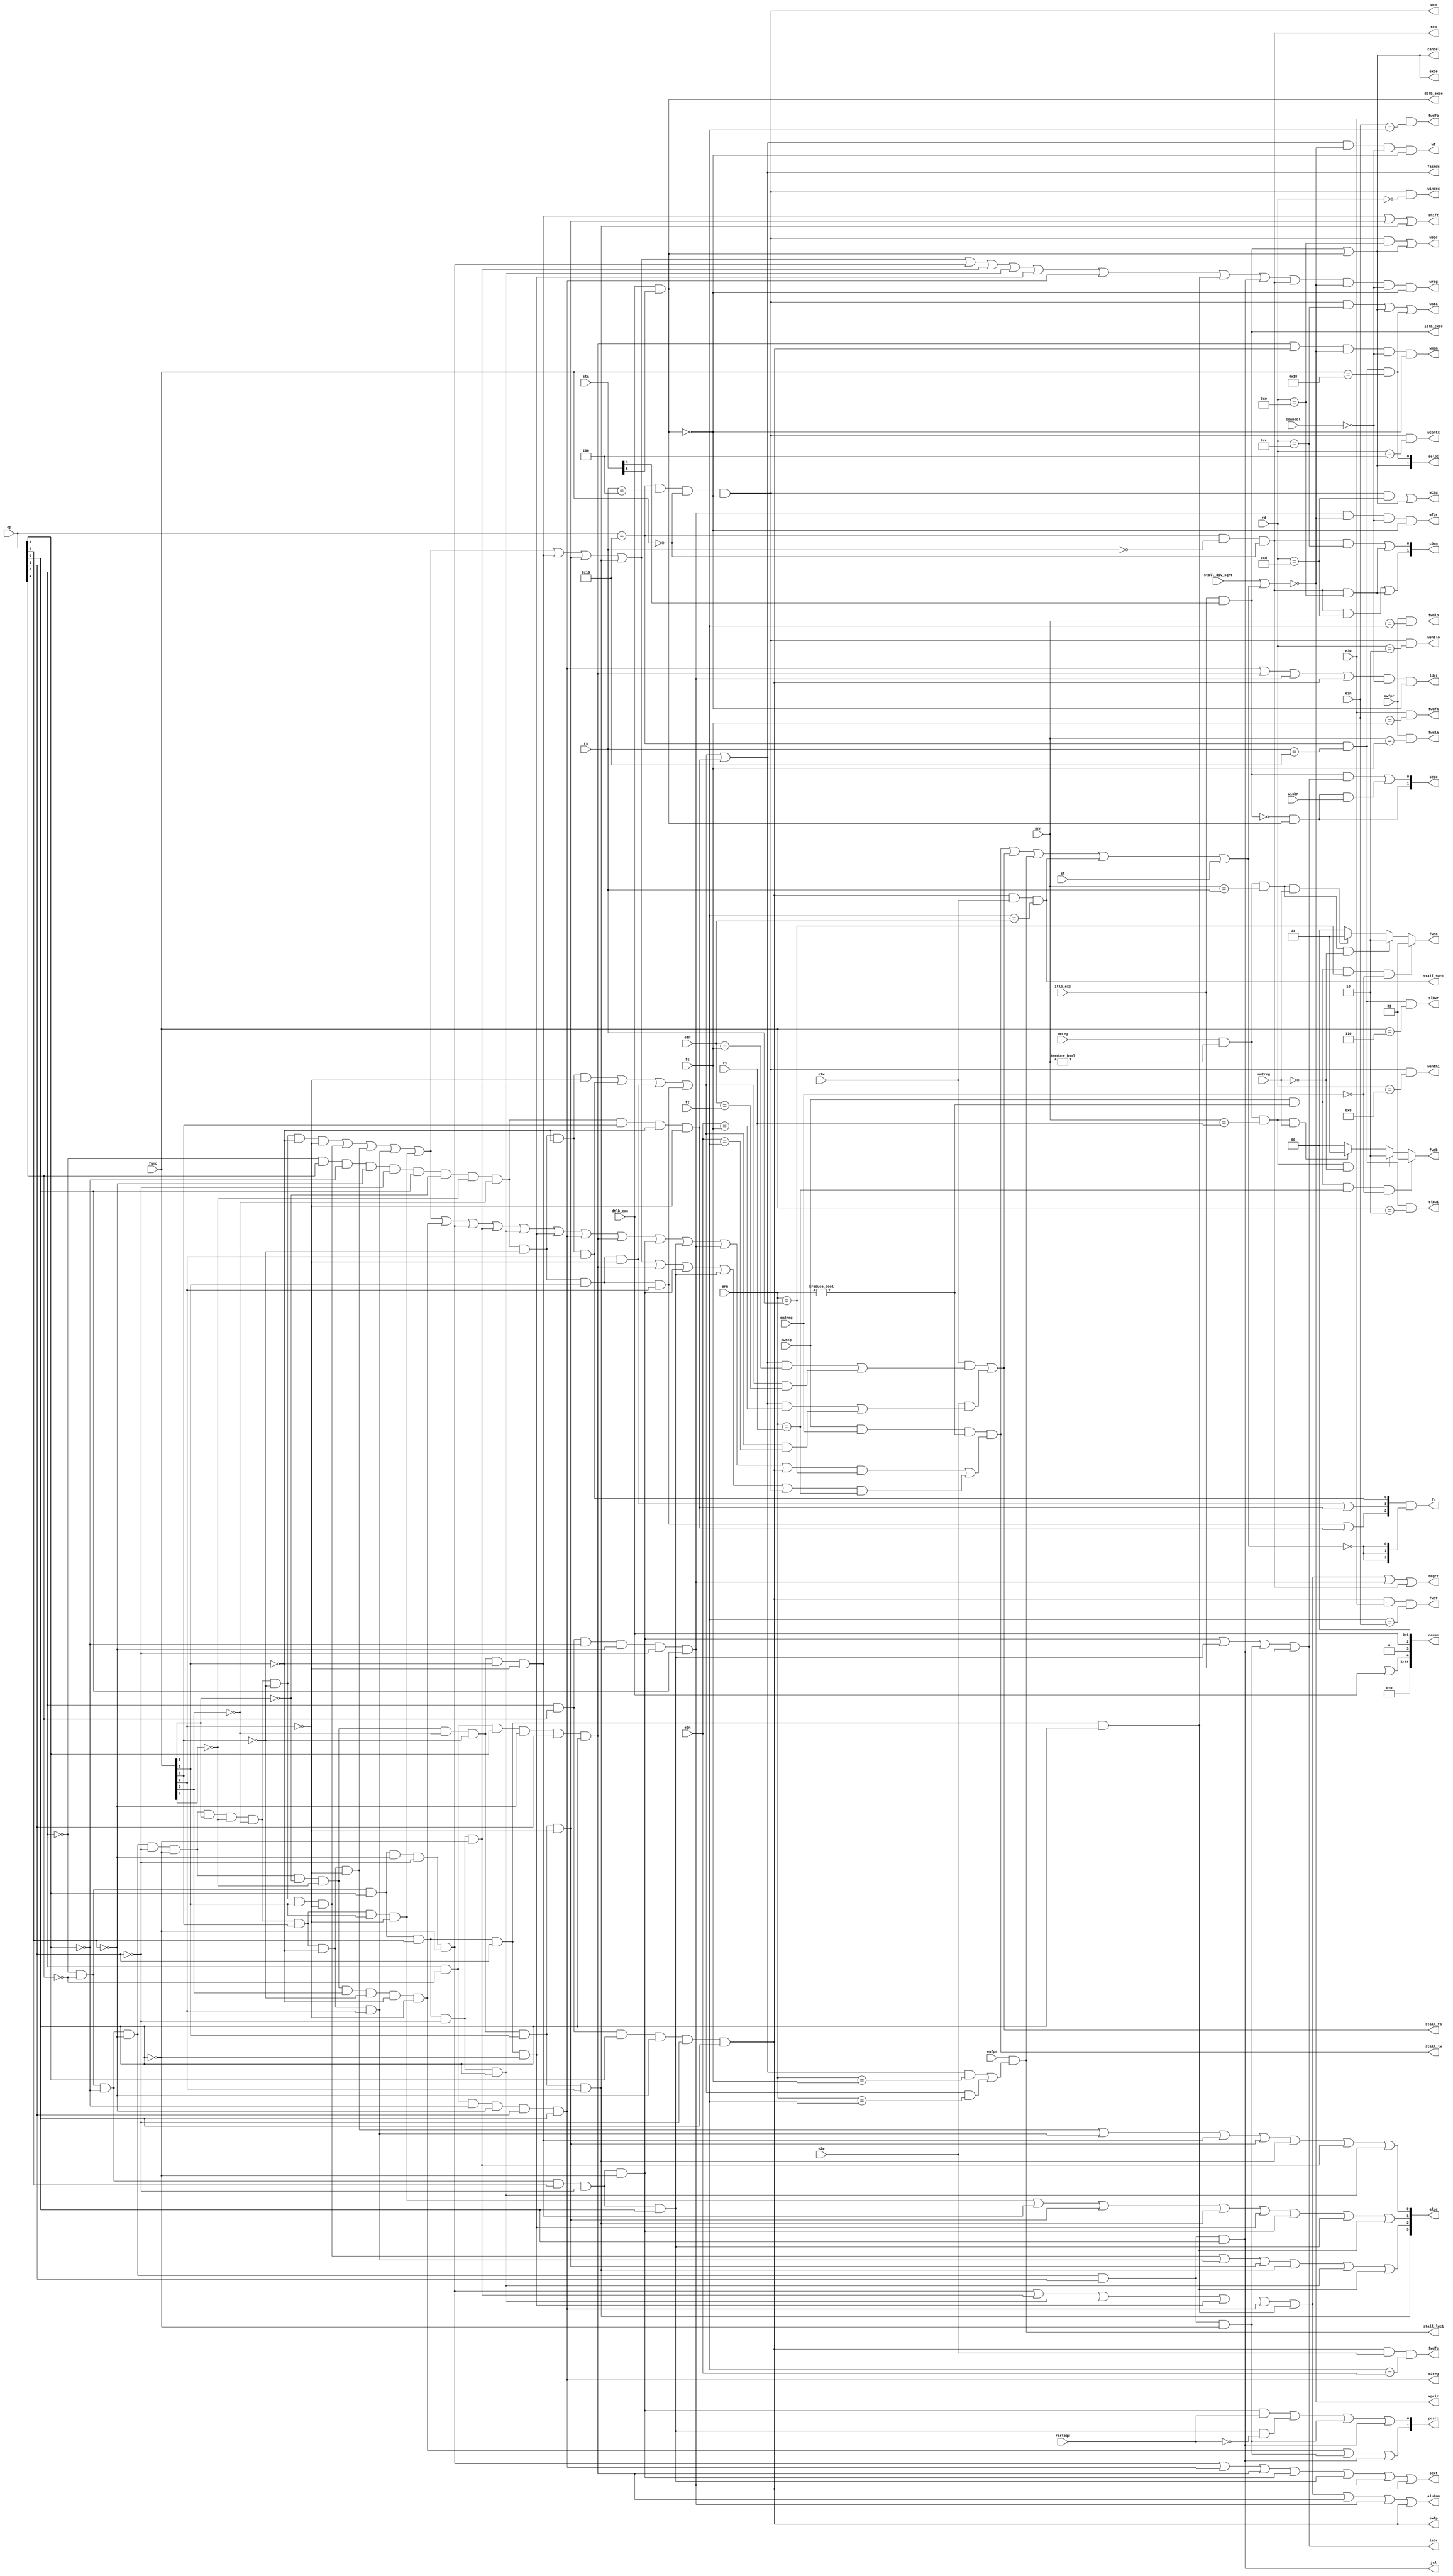
/************************************************
  The Verilog HDL code example is from the book
  Computer Principles and Design in Verilog HDL
  by Yamin Li, published by A JOHN WILEY & SONS
************************************************/
module iu_cache_tlb_cu (op,func,rs,rt,rd,fs,ft,rsrtequ,ewfpr,ewreg,em2reg,
                  ern,mwfpr,mwreg,mm2reg,mrn,e1w,e1n,e2w,e2n,e3w,e3n,
                  stall_div_sqrt,st,pcsrc,wpcir,wreg,m2reg,wmem,jal,aluc,
                  sta,aluimm,shift,sext,regrt,fwda,fwdb,swfp,fwdf,fwdfe,
                  wfpr,fwdla,fwdlb,fwdfa,fwdfb,fc,wf,fasmds,stall_lw,
                  stall_fp,stall_lwc1,stall_swc1,windex,wentlo,wcontx,
                  wenthi,rc0,wc0,tlbwi,tlbwr,c0rn,wepc,wcau,wsta,isbr,sepc,
                  cancel,cause,exce,selpc,ldst,wisbr,ecancel,itlb_exc,
                  dtlb_exc,itlb_exce,dtlb_exce);             // control unit
    input         rsrtequ, ewreg,em2reg,ewfpr, mwreg,mm2reg,mwfpr;
    input         e1w,e2w,e3w,stall_div_sqrt,st;
    input   [5:0] op,func;
    input   [4:0] rs,rt,rd,fs,ft,ern,mrn,e1n,e2n,e3n;
    input  [31:0] sta;  // IM[7:0] : x,x,dtlb_exc,itlb_exc,ov,unimpl,sys,int
    output        wpcir,wreg,m2reg,wmem,jal,aluimm,shift,sext,regrt;
    output        swfp,fwdf,fwdfe;
    output        fwdla,fwdlb,fwdfa,fwdfb;
    output        wfpr,wf,fasmds;
    output  [1:0] pcsrc,fwda,fwdb;
    output  [3:0] aluc;
    output  [2:0] fc;                // fp op
    output        stall_lw,stall_fp,stall_lwc1,stall_swc1; // stalls
    output        rc0;               // read  c0 regs, mfc0
    output        wc0;               // write c0 regs, mtc0
    output        tlbwi;             // write tlb by index
    output        tlbwr;             // write tlb by random
    output  [1:0] c0rn,sepc,selpc;   // mux select signals
    output        windex;            // cp0 index   write enable
    output        wentlo;            // cp0 entrylo write enable
    output        wcontx;            // cp0 context write enable
    output        wenthi;            // cp0 entryhi write enable
    output        wepc;              // cp0 epc     write enable
    output        wcau;              // cp0 cause   write enable
    output        wsta;              // cp0 status  write enable
    output        isbr;              // inst in id stage is a jump or branch
    output        cancel;            // cancel in id stage
    output        exce;              // itlb_exce | dtlb_exce, masked
    output        ldst;              // inst in id stage is a load or store
    output [31:0] cause;             // cp0 cause reg
    input         wisbr;             // inst in wb stage is a jump or branch
    input         ecancel;           // cancel in exe stage
    input         itlb_exc;          // itlb miss exception
    input         dtlb_exc;          // dtlb miss exception
    output        itlb_exce;         // itlb miss exception & its enable
    output        dtlb_exce;         // dtlb miss exception & its enable
    wire          stall_others;
    wire          rtype,i_add,i_sub,i_and,i_or,i_xor,i_sll,i_srl,i_sra,i_jr;
    wire          i_addi,i_andi,i_ori,i_xori,i_beq,i_bne,i_lw,i_sw,i_j;
    wire          i_jal,i_eret,i_mtc0,i_mfc0;
    wire          ftype,i_lwc1,i_swc1,i_fadd,i_fsub,i_fmul,i_fdiv,i_fsqrt;
    assign        itlb_exce = itlb_exc & sta[4];             // & exc enable
    assign        dtlb_exce = dtlb_exc & sta[5];             // & exc enable
    wire          no_dtlb_exce = ~dtlb_exce;
    assign ldst = (i_lw | i_sw | i_lwc1 | i_swc1) & ~ecancel & no_dtlb_exce;
    assign isbr = i_beq | i_bne | i_j | i_jal;
    // itlb_exce dtlb_exce isbr wisbr EPC   sepc[1:0]
    // 1         x         0    x     V_PC  0 0
    // 1         x         1    x     PCD   0 1
    // 0         1         x    0     PCM   1 0
    // 0         1         x    1     PCW   1 1
    assign sepc[1]= ~itlb_exce & dtlb_exce;
    assign sepc[0]=  itlb_exce & isbr | ~itlb_exce & dtlb_exce & wisbr;
    assign exce   =  itlb_exce | dtlb_exce;
    assign cancel =  exce;
    // selpc:  0 0 : npc
    //         0 1 : epc
    //         1 0 : exc_base
    //         1 1 : x
    assign selpc[1] = exce;                                // go to handler
    assign selpc[0] = i_eret;                              // epc return
    // op     rs    rt    rd          func
    // 010000 00100 xxxxx xxxxx 00000 000000 mtc0 rt, rd; c0[rd] <- gpr[rt]
    // 010000 00000 xxxxx xxxxx 00000 000000 mfc0 rt, rd; gpr[rt] <- c0[rd]
    // 010000 10000 00000 00000 00000 000010 tlbwi
    // 010000 10000 00000 00000 00000 000110 tlbwr
    // 010000 10000 00000 00000 00000 011000 eret
    assign i_mtc0 = (op==6'h10) & (rs==5'h04) & (func==6'h00)& no_dtlb_exce;
    assign i_mfc0 = (op==6'h10) & (rs==5'h00) & (func==6'h00);
    assign i_eret = (op==6'h10) & (rs==5'h10) & (func==6'h18);
    assign tlbwi  = (op==6'h10) & (rs==5'h10) & (func==6'h02);
    assign tlbwr  = (op==6'h10) & (rs==5'h10) & (func==6'h06);
    assign windex = i_mtc0 & (rd==5'h00);                  // write index
    assign wentlo = i_mtc0 & (rd==5'h02);                  // write entry_lo
    assign wcontx = i_mtc0 & (rd==5'h04);                  // write context
    assign wenthi = i_mtc0 & (rd==5'h09);                  // write entry_hi
    assign wsta   = i_mtc0 & (rd==5'h0c) | exce | i_eret;  // write status
    assign wcau   = i_mtc0 & (rd==5'h0d) | exce;           // write cause
    assign wepc   = i_mtc0 & (rd==5'h0e) | exce;           // write epc
    //wire rcontx = i_mfc0 & (rd==5'h04);                  // read  context
    wire rstatus  = i_mfc0 & (rd==5'h0c);                  // read  status
    wire rcause   = i_mfc0 & (rd==5'h0d);                  // read  cause
    wire repc     = i_mfc0 & (rd==5'h0e);                  // read  epc
    assign c0rn[1]= rcause  | repc;            // c0rn:  00    01   10   11
    assign c0rn[0]= rstatus | repc;            //        contx sta  cau  epc
    assign rc0    = i_mfc0;                    // read  c0 regs
    assign wc0    = i_mtc0;                    // write c0 regs
    wire [2:0] exccode;                        // test itlb_exc and dtlb_exc
    //    000  interrupt                       // not  test here
    //    001  syscall                         // not  test here
    //    010  unimpl. inst.                   // not  test here
    //    011  overflow                        // not  test here
    //    100  itlb_exc                        // test here
    //    101  dtlb_exc                        // test here
    assign exccode[2] = itlb_exc | dtlb_exc; 
    assign exccode[1] = 0;                
    assign exccode[0] = dtlb_exc;            
    assign cause      = {27'h0,exccode,2'b00};
    and(rtype,~op[5],~op[4],~op[3],~op[2],~op[1],~op[0]);        // r format
    and(i_add,rtype, func[5],~func[4],~func[3],~func[2],~func[1],~func[0]);
    and(i_sub,rtype, func[5],~func[4],~func[3],~func[2], func[1],~func[0]);
    and(i_and,rtype, func[5],~func[4],~func[3], func[2],~func[1],~func[0]);
    and(i_or, rtype, func[5],~func[4],~func[3], func[2],~func[1], func[0]);
    and(i_xor,rtype, func[5],~func[4],~func[3], func[2], func[1],~func[0]);
    and(i_sll,rtype,~func[5],~func[4],~func[3],~func[2],~func[1],~func[0]);
    and(i_srl,rtype,~func[5],~func[4],~func[3],~func[2], func[1],~func[0]);
    and(i_sra,rtype,~func[5],~func[4],~func[3],~func[2], func[1], func[0]);
    and(i_jr, rtype,~func[5],~func[4], func[3],~func[2],~func[1],~func[0]);
    and(i_addi,~op[5],~op[4], op[3],~op[2],~op[1],~op[0]);       // i format
    and(i_andi,~op[5],~op[4], op[3], op[2],~op[1],~op[0]);
    and(i_ori, ~op[5],~op[4], op[3], op[2],~op[1], op[0]);
    and(i_xori,~op[5],~op[4], op[3], op[2], op[1],~op[0]);
    and(i_lw,   op[5],~op[4],~op[3],~op[2], op[1], op[0]);
    and(i_sw,   op[5],~op[4], op[3],~op[2], op[1], op[0]);
    and(i_beq, ~op[5],~op[4],~op[3], op[2],~op[1],~op[0]);
    and(i_bne, ~op[5],~op[4],~op[3], op[2],~op[1], op[0]);
    and(i_lui, ~op[5],~op[4], op[3], op[2], op[1], op[0]);
    and(i_j,   ~op[5],~op[4],~op[3],~op[2], op[1],~op[0]);       // j format
    and(i_jal, ~op[5],~op[4],~op[3],~op[2], op[1], op[0]);
    and(ftype, ~op[5], op[4],~op[3],~op[2],~op[1], op[0]);       // f format
    and(i_lwc1, op[5], op[4],~op[3],~op[2],~op[1], op[0]);
    and(i_swc1, op[5], op[4], op[3],~op[2],~op[1], op[0]);
    and(i_fadd,ftype,~func[5],~func[4],~func[3],~func[2],~func[1],~func[0]);
    and(i_fsub,ftype,~func[5],~func[4],~func[3],~func[2],~func[1], func[0]);
    and(i_fmul,ftype,~func[5],~func[4],~func[3],~func[2], func[1],~func[0]);
    and(i_fdiv,ftype,~func[5],~func[4],~func[3],~func[2], func[1], func[0]);
    and(i_fsqrt,ftype,~func[5],~func[4],~func[3],func[2],~func[1],~func[0]);
    wire i_rs = i_add  | i_sub | i_and  | i_or  | i_xor | i_jr  | i_addi |
                i_andi | i_ori | i_xori | i_lw  | i_sw  | i_beq | i_bne  |
                i_lwc1 | i_swc1;
    wire i_rt = i_add  | i_sub | i_and  | i_or  | i_xor | i_sll | i_srl  |
                i_sra  | i_sw  | i_beq  | i_bne | i_mtc0;
    assign stall_lw = ewreg & em2reg & (ern != 0) & (i_rs & (ern == rs) |
                                                     i_rt & (ern == rt));
    reg [1:0] fwda, fwdb;
    always @ (ewreg or mwreg or ern or mrn or em2reg or mm2reg or rs or
              rt) begin
        fwda = 2'b00;                                 // default: no hazards
        if (ewreg & (ern != 0) & (ern == rs) & ~em2reg) begin
            fwda = 2'b01;                             // select exe_alu
        end else begin
            if (mwreg & (mrn != 0) & (mrn == rs) & ~mm2reg) begin
                fwda = 2'b10;                         // select mem_alu
            end else begin
                if (mwreg & (mrn != 0) & (mrn == rs) & mm2reg) begin
                    fwda = 2'b11;                     // select mem_lw
                end 
            end
        end
        fwdb = 2'b00;                                 // default: no hazards
        if (ewreg & (ern != 0) & (ern == rt) & ~em2reg) begin
            fwdb = 2'b01;                             // select exe_alu
        end else begin
            if (mwreg & (mrn != 0) & (mrn == rt) & ~mm2reg) begin
                fwdb = 2'b10;                         // select mem_alu
            end else begin
                if (mwreg & (mrn != 0) & (mrn == rt) & mm2reg) begin
                    fwdb = 2'b11;                     // select mem_lw
                end 
            end
        end
    end
    assign wreg   =(i_add  | i_sub  | i_and  | i_or   | i_xor | i_sll  | 
                    i_srl  | i_sra  | i_addi | i_andi | i_ori | i_xori | 
                    i_lw   | i_lui  | i_jal  | i_mfc0) &
                    wpcir  & ~ecancel & no_dtlb_exce;
    assign regrt  = i_addi | i_andi | i_ori | i_xori | i_lw | i_lui |
                    i_lwc1 | i_mfc0;
    assign jal    = i_jal;
    assign m2reg  = i_lw;
    assign shift  = i_sll  | i_srl  | i_sra;
    assign aluimm = i_addi | i_andi | i_ori | i_xori | i_lw | i_lui |
                    i_sw | i_lwc1 | i_swc1;
    assign sext   = i_addi | i_lw | i_sw | i_beq | i_bne | i_lwc1 | i_swc1;
    assign aluc[3] = i_sra;
    assign aluc[2] = i_sub | i_or  | i_srl | i_sra | i_ori  | i_lui;
    assign aluc[1] = i_xor | i_sll | i_srl | i_sra | i_xori | i_beq  | 
                     i_bne | i_lui;
    assign aluc[0] = i_and | i_or | i_sll | i_srl | i_sra | i_andi | i_ori;
    assign wmem    = (i_sw | i_swc1) & wpcir & ~ecancel & no_dtlb_exce;
    assign pcsrc[1] = i_jr | i_j | i_jal;
    assign pcsrc[0] = i_beq & rsrtequ | i_bne & ~rsrtequ | i_j | i_jal;
    // fop:  000: fadd  001: fsub  01x: fmul  10x: fdiv  11x: fsqrt
    wire [2:0]  fop;
    assign fop[0] = i_fsub;                    // fpu operation control code
    assign fop[1] = i_fmul | i_fsqrt;
    assign fop[2] = i_fdiv | i_fsqrt;
    // stall caused by fp data harzards
    wire i_fs     = i_fadd | i_fsub | i_fmul | i_fdiv | i_fsqrt; // use fs
    wire i_ft     = i_fadd | i_fsub | i_fmul | i_fdiv;           // use ft
    assign stall_fp = (e1w & (i_fs & (e1n == fs) | i_ft & (e1n == ft))) | 
                      (e2w & (i_fs & (e2n == fs) | i_ft & (e2n == ft)));
    assign fwdfa = e3w & (e3n == fs);             // forward fpu e3d to fp a
    assign fwdfb = e3w & (e3n == ft);             // forward fpu e3d to fp b
    assign wfpr  = i_lwc1 & wpcir & ~ecancel & no_dtlb_exce; // write fp reg
    assign fwdla = mwfpr & (mrn == fs);           // forward mmo to fp a
    assign fwdlb = mwfpr & (mrn == ft);           // forward mmo to fp b
    assign stall_lwc1 = ewfpr & (i_fs & (ern == fs) | i_ft & (ern == ft));
    assign swfp  = i_swc1;                        // select signal
    assign fwdf  = swfp & e3w & (ft == e3n);      // forward to id  stage
    assign fwdfe = swfp & e2w & (ft == e2n);      // forward to exe stage
    assign stall_swc1 = swfp & e1w & (ft == e1n); // stall
    assign wpcir = ~(stall_div_sqrt | stall_others);
    assign stall_others = stall_lw | stall_fp | stall_lwc1 | stall_swc1 |st;
    assign fc     = fop & {3{~stall_others}};     // fp operation control
    assign wf     = i_fs & wpcir & ~ecancel & no_dtlb_exce;  // write fp reg
    assign fasmds = i_fs;
endmodule